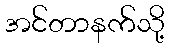
အင်တာနက်သို့